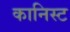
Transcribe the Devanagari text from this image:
कानिस्ट